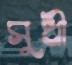
সুধী